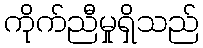
ကိုက်ညီမှုရှိသည်